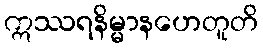
ဣဿရနိမ္မာနဟေတူတိ